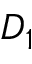
D _ { 1 }